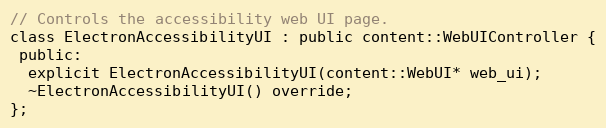
Language: C
// Controls the accessibility web UI page.
class ElectronAccessibilityUI : public content::WebUIController {
 public:
  explicit ElectronAccessibilityUI(content::WebUI* web_ui);
  ~ElectronAccessibilityUI() override;
};